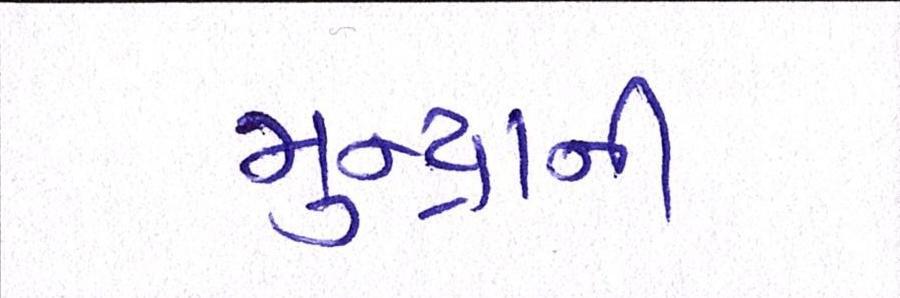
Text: મુન્દ્રાની